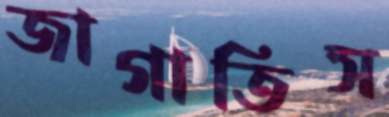
জাগাতিস